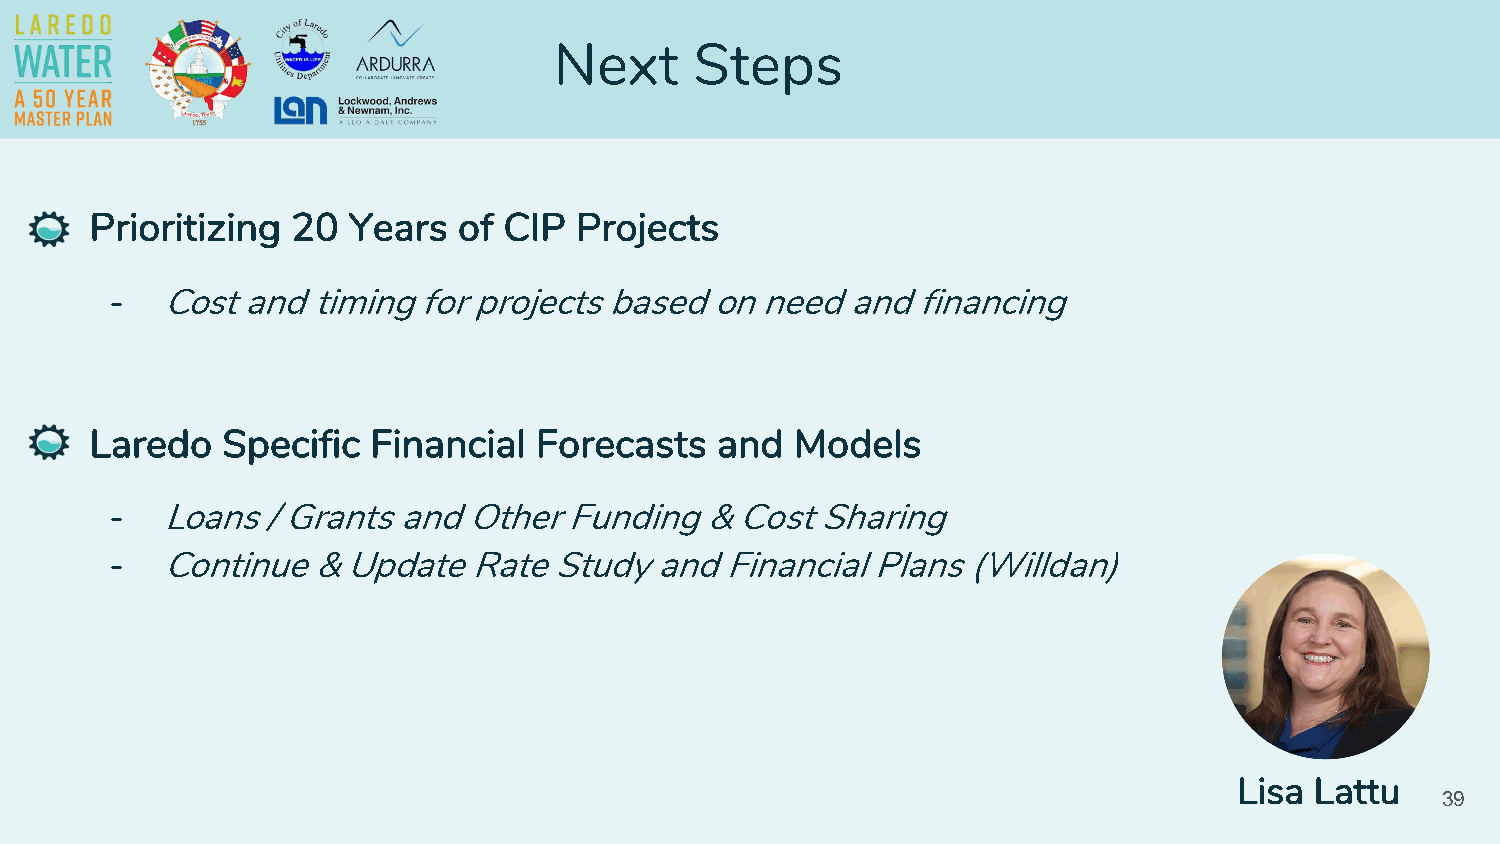
Next     Steps
 Prioritizing 20  Years  of CIP  Projects
 -   Cost and  timing for projects based on need  and  financing
 Laredo   Specific  Financial Forecasts   and   Models
 -   Loans / Grants and  Other Funding   & Cost Sharing
 -   Continue  & Update  Rate  Study and  Financial Plans (Willdan)
 Lisa Lattu
 39